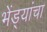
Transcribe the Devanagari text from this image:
भेंड्यांचा